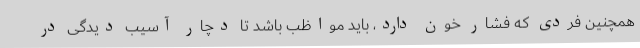
همچنین فردی که فشار خون دارد، باید مواظب باشد تا دچار آسیب دیدگی در